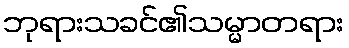
ဘုရားသခင်၏သမ္မာတရား